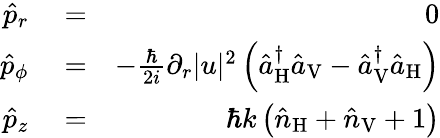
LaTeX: \begin{array}{rlr}{\hat{p}_{r}}&{{}=}&{0}\\ {\hat{p}_{\phi}}&{{}=}&{-\frac{\hbar}{2i}\partial_{r}|u|^{2}\left(\hat{a}_{\mathrm{H}}^{\dagger}\hat{a}_{\mathrm{V}}-\hat{a}_{\mathrm{V}}^{\dagger}\hat{a}_{\mathrm{H}}\right)}\\ {\hat{p}_{z}}&{{}=}&{\hbar k\left(\hat{n}_{\mathrm{H}}+\hat{n}_{\mathrm{V}}+1\right)}\end{array}